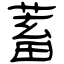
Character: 蓄